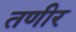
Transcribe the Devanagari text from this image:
तणीर